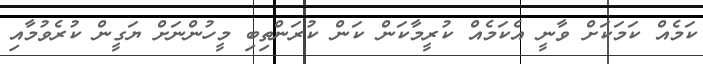
ކަމެއް ކަމަކަށް ވާނީ އެކަމެއް ކުރީމާކަން ކަން ކުރަންތިބި މީހުންނަށް ޔަގީން ކުރެވުމާއި